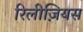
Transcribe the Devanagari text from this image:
रिलीज़ियस